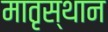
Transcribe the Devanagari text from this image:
मातृस्थान